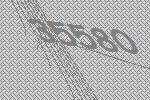
35580